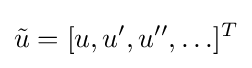
{\tilde {u}}=[u,u',u'',\ldots ]^{T}